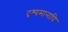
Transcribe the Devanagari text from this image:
दृश्यमानापि